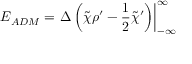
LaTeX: E _ { A D M } = \left. { \Delta } \left( \tilde { \chi } { \rho } ^ { \prime } - { \frac 1 2 } { \tilde { \chi } } ^ { \prime } \right) \right| _ { - \infty } ^ { \infty }